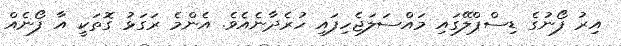
އިރު ފޯނުގެ ޑިސްޕްލޭގައި މައްސަލަޖެހިފައި ހުރެދާނެއެވެ. އެންމެ ރަގަޅު ގޮތަކީ އާ ފޯނެއް